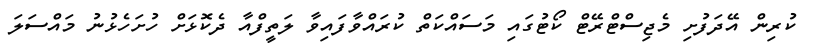
ކުރިން އޭދަފުށި މެޖިސްޓްރޭޓް ކޯޓުގައި މަސައްކަތް ކުރައްވާފައިވާ ލަތީފްއާ ދެކޮޅަށް ހުށަހެޅުނު މައްސަލަ